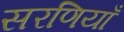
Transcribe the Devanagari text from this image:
सरणियाँ